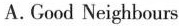
A. Good Neighbours